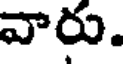
వారు.